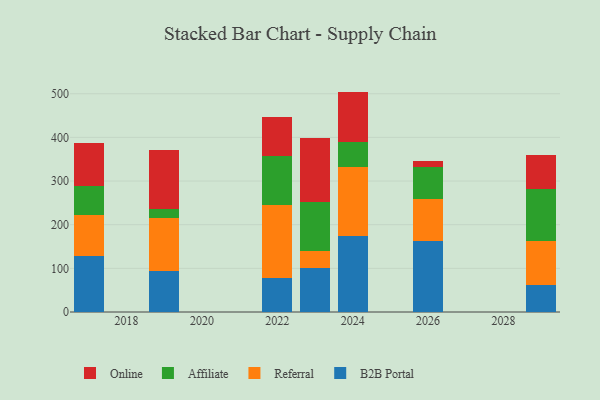
{"axis": {"x": "Year", "y": "Operating Costs (USD K)"}, "legend": ["Affiliate", "B2B Portal", "Online", "Referral"], "data": [{"x": "2017", "y": 128.3, "type": "B2B Portal"}, {"x": "2017", "y": 94.3, "type": "Referral"}, {"x": "2017", "y": 66.1, "type": "Affiliate"}, {"x": "2017", "y": 98.3, "type": "Online"}, {"x": "2023", "y": 101.2, "type": "B2B Portal"}, {"x": "2023", "y": 38.7, "type": "Referral"}, {"x": "2023", "y": 112.3, "type": "Affiliate"}, {"x": "2023", "y": 147.4, "type": "Online"}, {"x": "2019", "y": 94.3, "type": "B2B Portal"}, {"x": "2019", "y": 120.1, "type": "Referral"}, {"x": "2019", "y": 20.9, "type": "Affiliate"}, {"x": "2019", "y": 135.2, "type": "Online"}, {"x": "2026", "y": 162.8, "type": "B2B Portal"}, {"x": "2026", "y": 96.7, "type": "Referral"}, {"x": "2026", "y": 73.8, "type": "Affiliate"}, {"x": "2026", "y": 13.5, "type": "Online"}, {"x": "2022", "y": 77.4, "type": "B2B Portal"}, {"x": "2022", "y": 168.1, "type": "Referral"}, {"x": "2022", "y": 112.5, "type": "Affiliate"}, {"x": "2022", "y": 89.0, "type": "Online"}, {"x": "2024", "y": 173.7, "type": "B2B Portal"}, {"x": "2024", "y": 157.9, "type": "Referral"}, {"x": "2024", "y": 57.5, "type": "Affiliate"}, {"x": "2024", "y": 115.8, "type": "Online"}, {"x": "2029", "y": 63.0, "type": "B2B Portal"}, {"x": "2029", "y": 99.0, "type": "Referral"}, {"x": "2029", "y": 120.6, "type": "Affiliate"}, {"x": "2029", "y": 77.5, "type": "Online"}]}